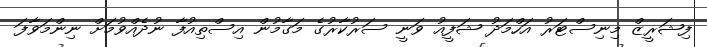
ފިޝަރީޒް މިނިސްޓަރު އަހްމަދު ޝަފީއު ވަނީ ސަރުކާރުގެ މަގާމުން އިސްތިއުފާ ނުދެއްވުމަށް ނިންމަވާފަ